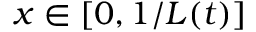
x \in [ 0 , 1 / L ( t ) ]